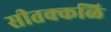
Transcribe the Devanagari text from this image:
सीतक्कळि